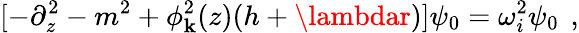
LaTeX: [-\partial_{z}^{2}-m^{2}+\phi_{\mathbf{k}}^{2}(z)(h+\lambdar)]\psi_{0}=\omega_{i}^{2}\psi_{0}\, \ ,